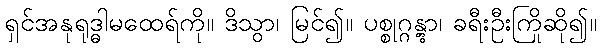
ရှင်အနုရုဒ္ဓါမထေရ်ကို။ ဒိသွာ၊ မြင်၍။ ပစ္စုဂ္ဂန္တွာ၊ ခရီးဦးကြိုဆို၍။